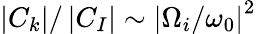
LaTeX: \left|C_{k}\right|/\left|C_{I}\right|\sim\left|\Omega_{i}/\omega_{0}\right|^{2}